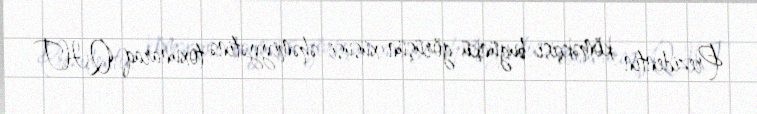
Prezidentin köməkçisi bugünkü görüşün xüsusi əhəmiyyətinə toxunaraq QHT